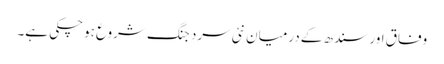
وفاق اور سندھ کے درمیان نئی سرد جنگ شروع ہوچکی ہے۔